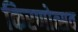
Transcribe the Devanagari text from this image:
किरणोत्सव